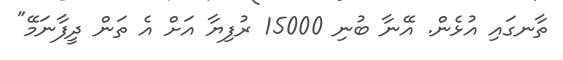
ތާނގައި އުޅެން. އޭނާ ބުނި 15000 ރުފިޔާ އަށް އެ ތަން ދީފާނަމޭ"